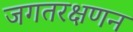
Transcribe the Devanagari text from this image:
जगतरक्षणन